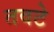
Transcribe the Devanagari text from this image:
तवटे